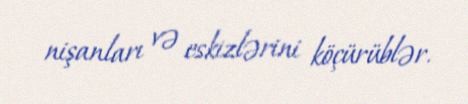
nişanları və eskizlərini köçürüblər.